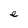
Character: e